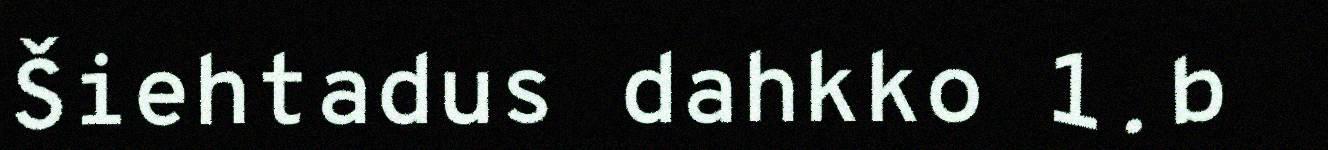
Šiehtadus dahkko 1.b